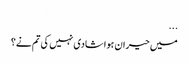
...
میں حیران ہوا شادی نہیں کی تم نے؟